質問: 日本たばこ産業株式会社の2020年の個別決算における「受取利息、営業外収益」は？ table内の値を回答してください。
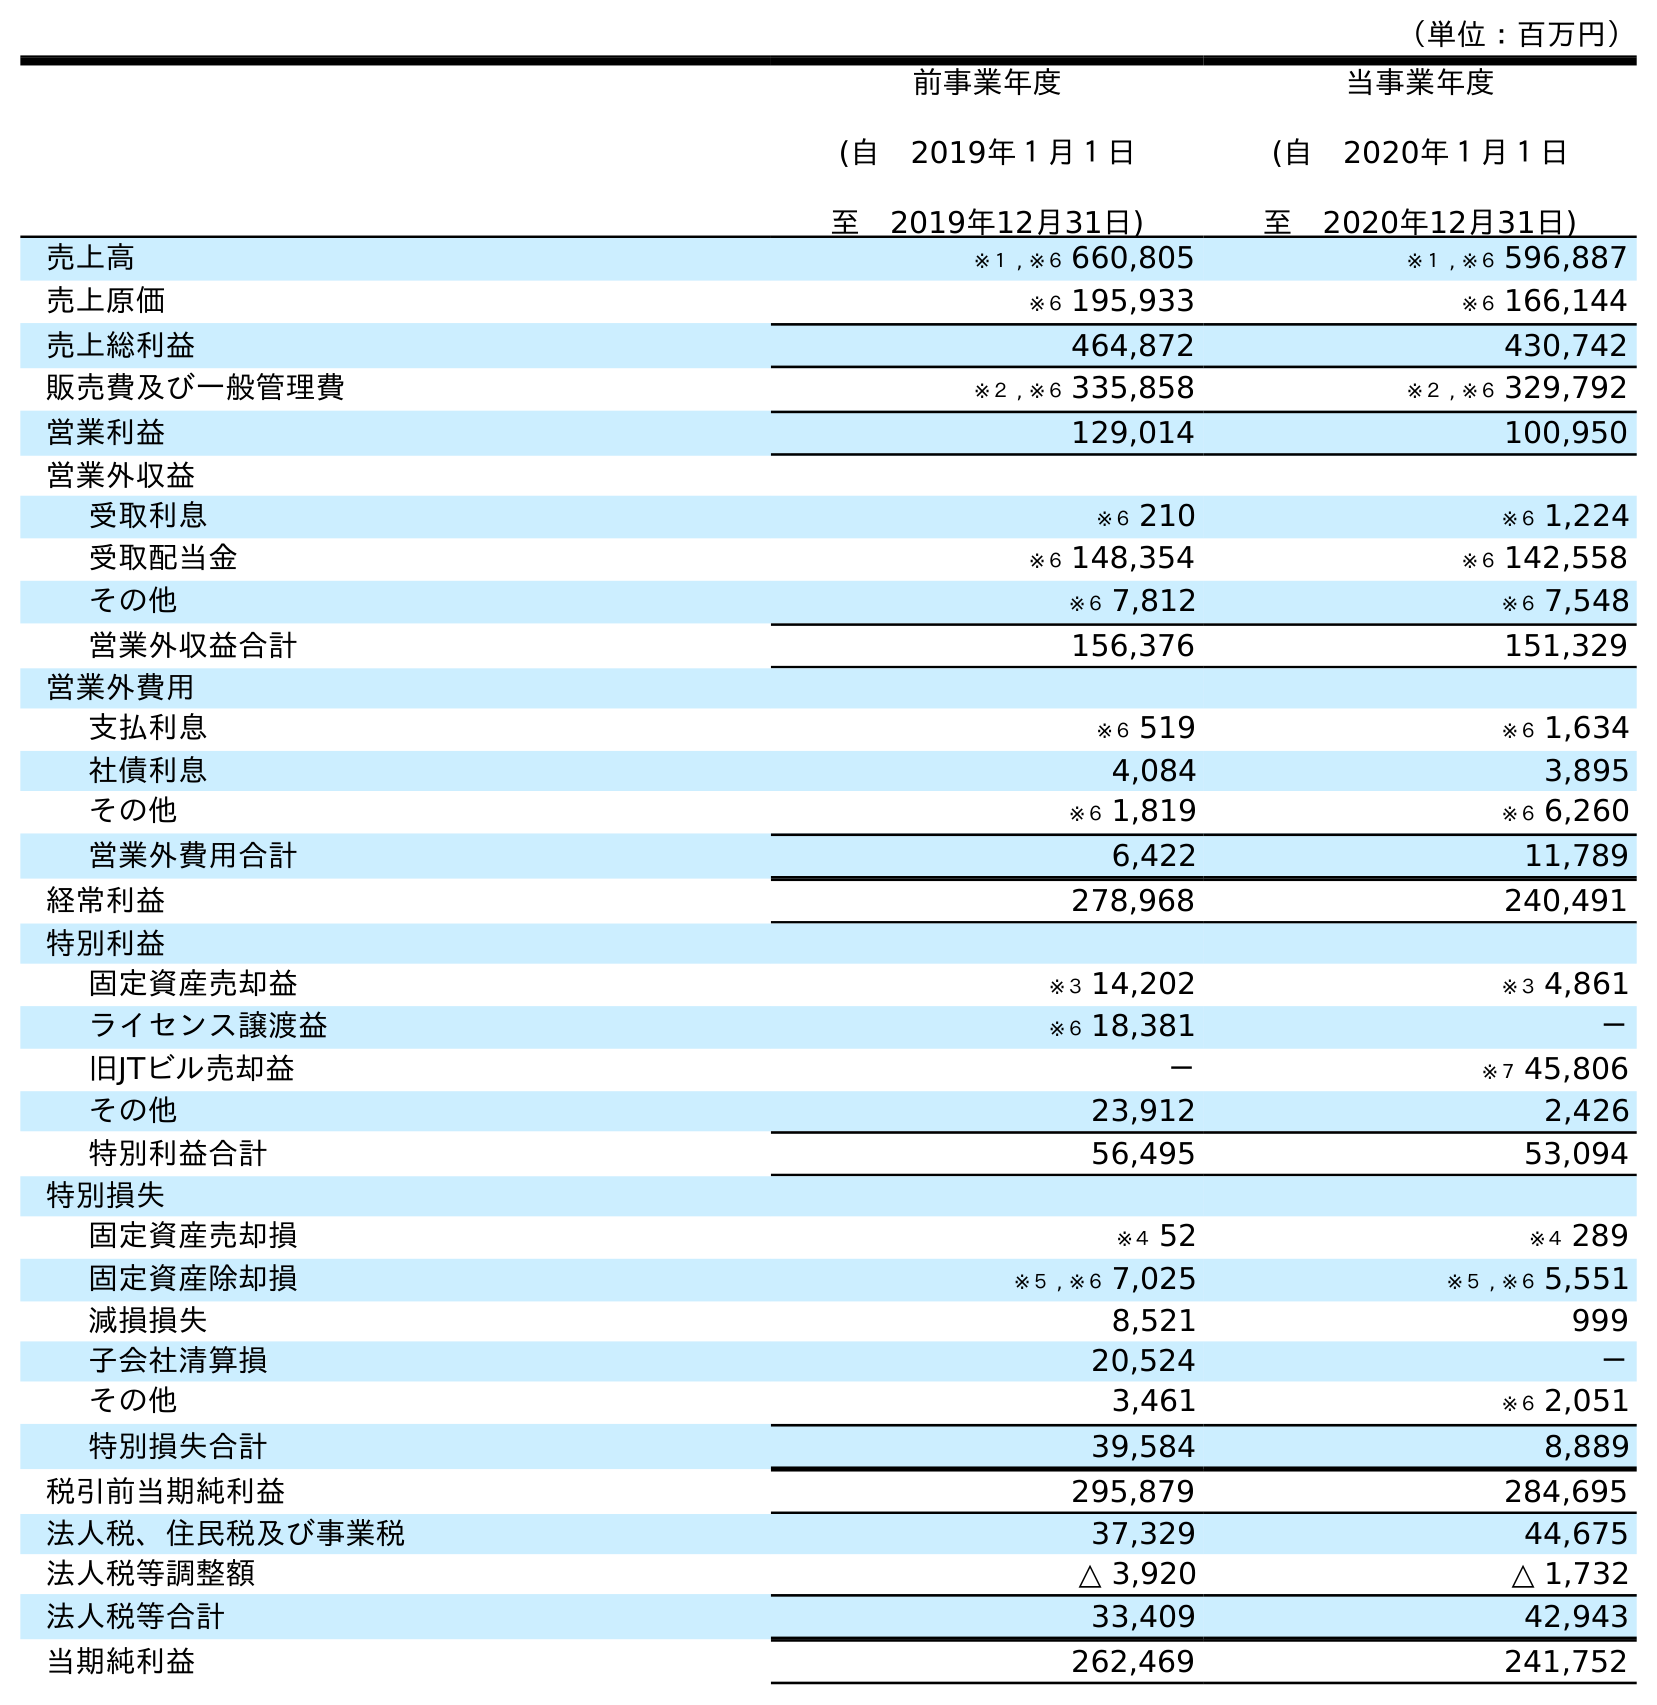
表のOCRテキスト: （単位：百万円） 前事業年度 (自 2019年１月１日 至 2019年12月31日) 当事業年度 (自 2020年１月１日 至 2020年12月31日) 売上高 ※１ , ※６ 660,805 ※１ , ※６ 596,887 売上原価 ※６ 195,933 ※６ 166,144 売上総利益 464,872 430,742 販売費及び一般管理費 ※２ , ※６ 335,858 ※２ , ※６ 329,792 営業利益 129,014 100,950 営業外収益 受取利息 ※６ 210 ※６ 1,224 受取配当金 ※６ 148,354 ※６ 142,558 その他 ※６ 7,812 ※６ 7,548 営業外収益合計 156,376 151,329 営業外費用 支払利息 ※６ 519 ※６ 1,634 社債利息 4,084 3,895 その他 ※６ 1,819 ※６ 6,260 営業外費用合計 6,422 11,789 経常利益 278,968 240,491 特別利益 固定資産売却益 ※３ 14,202 ※３ 4,861 ライセンス譲渡益 ※６ 18,381 － 旧JTビル売却益 － ※７ 45,806 その他 23,912 2,426 特別利益合計 56,495 53,094 特別損失 固定資産売却損 ※４ 52 ※４ 289 固定資産除却損 ※５ , ※６ 7,025 ※５ , ※６ 5,551 減損損失 8,521 999 子会社清算損 20,524 － その他 3,461 ※６ 2,051 特別損失合計 39,584 8,889 税引前当期純利益 295,879 284,695 法人税、住民税及び事業税 37,329 44,675 法人税等調整額 △ 3,920 △ 1,732 法人税等合計 33,409 42,943 当期純利益 262,469 241,752
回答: ※６1,224